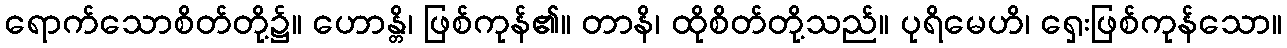
ရောက်သောစိတ်တို့၌။ ဟောန္တိ၊ ဖြစ်ကုန်၏။ တာနိ၊ ထိုစိတ်တို့သည်။ ပုရိမေဟိ၊ ရှေးဖြစ်ကုန်သော။